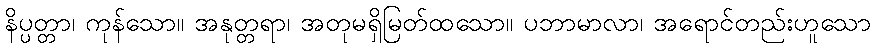
နိပ္ပတ္တာ၊ ကုန်သော။ အနုတ္တရာ၊ အတုမရှိမြတ်ထသော။ ပဘာမာလာ၊ အရောင်တည်းဟူသော